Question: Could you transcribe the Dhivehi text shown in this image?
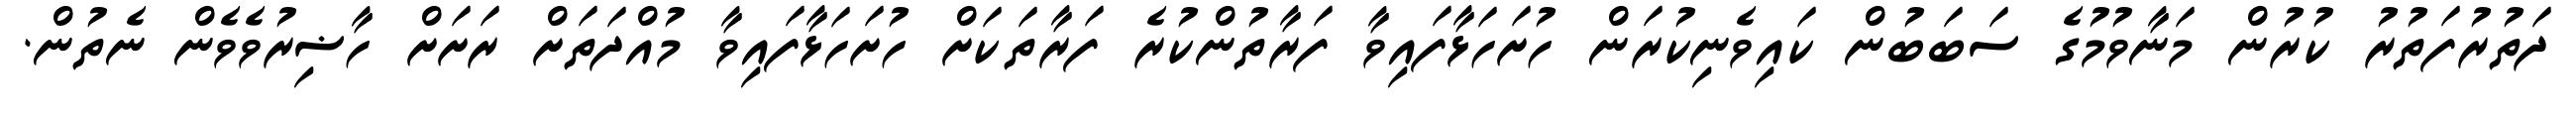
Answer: ދަތުރުފަތުރު ކުރުން މަނާވުމުގެ ސަބަބުން ކައިވެނިކުރަން ހުށަހަޅާފައިވާ ފަރާތުންކުރެ ފަރާތަކަށް ހުށަހަޅާފައިވާ މުއްދަތަށް ރަށަށް ހާޟިރުވެވެން ނެތުން.